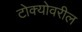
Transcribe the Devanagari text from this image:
टोक्योवरील